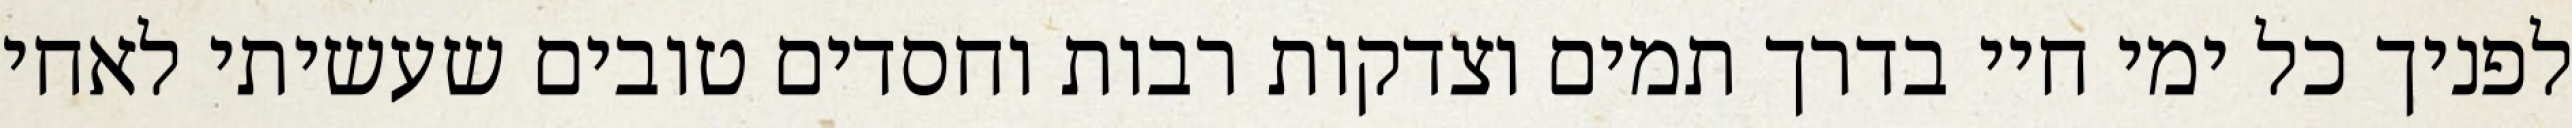
לפניך כל ימי חיי בדרך תמים וצדקות רבות וחסדים טובים שעשיתי לאחי